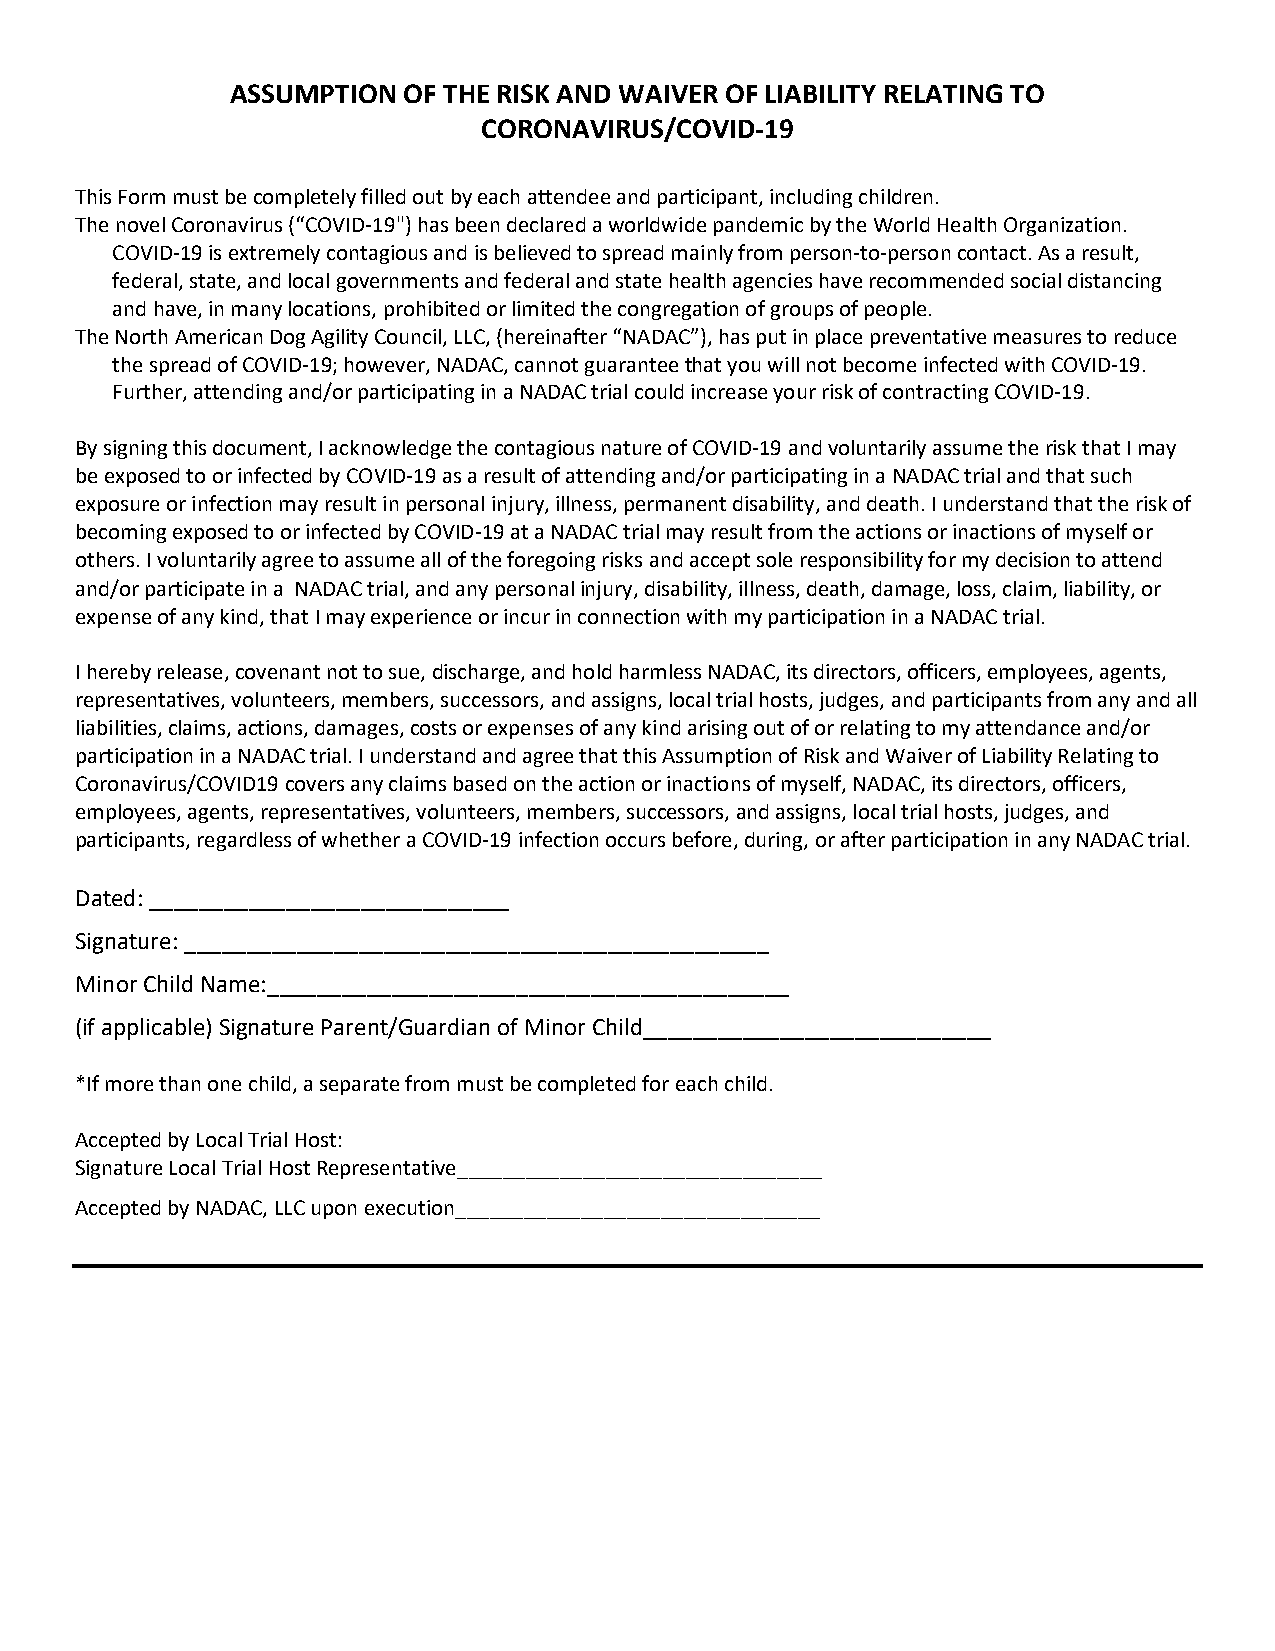
ASSUMPTION  OF THE RISK AND WAIVER OF LIABILITY RELATING TO
 CORONAVIRUS/COVID-19
 This Form must be completely filled out by each attendee and participant, including children.
 The novel Coronavirus (“COVID-19") has been declared a worldwide pandemic by the World Health Organization.
 COVID-19 is extremely contagious and is believed to spread mainly from person-to-person contact. As a result,
 federal, state, and local governments and federal and state health agencies have recommended social distancing
 and have, in many locations, prohibited or limited the congregation of groups of people.
 The North American Dog Agility Council, LLC, (hereinafter “NADAC”), has put in place preventative measures to reduce
 the spread of COVID-19; however, NADAC, cannot guarantee that you will not become infected with COVID-19.
 Further, attending and/or participating in a NADAC trial could increase your risk of contracting COVID-19.
 By signing this document, I acknowledge the contagious nature of COVID-19 and voluntarily assume the risk that I may
 be exposed to or infected by COVID-19 as a result of attending and/or participating in a NADAC trial and that such
 exposure or infection may result in personal injury, illness, permanent disability, and death. I understand that the risk of
 becoming exposed to or infected by COVID-19 at a NADAC trial may result from the actions or inactions of myself or
 others. I voluntarily agree to assume all of the foregoing risks and accept sole responsibility for my decision to attend
 and/or participate in a NADAC trial, and any personal injury, disability, illness, death, damage, loss, claim, liability, or
 expense of any kind, that I may experience or incur in connection with my participation in a NADAC trial.
 I hereby release, covenant not to sue, discharge, and hold harmless NADAC, its directors, officers, employees, agents,
 representatives, volunteers, members, successors, and assigns, local trial hosts, judges, and participants from any and all
 liabilities, claims, actions, damages, costs or expenses of any kind arising out of or relating to my attendance and/or
 participation in a NADAC trial. I understand and agree that this Assumption of Risk and Waiver of Liability Relating to
 Coronavirus/COVID19 covers any claims based on the action or inactions of myself, NADAC, its directors, officers,
 employees, agents, representatives, volunteers, members, successors, and assigns, local trial hosts, judges, and
 participants, regardless of whether a COVID-19 infection occurs before, during, or after participation in any NADAC trial.
 Dated: _____________________________
 Signature: _______________________________________________
 Minor Child Name:__________________________________________
 (if applicable) Signature Parent/Guardian of Minor Child____________________________
 *If more than one child, a separate from must be completed for each child.
 Accepted by Local Trial Host:
 Signature Local Trial Host Representative________________________________
 Accepted by NADAC, LLC upon execution________________________________